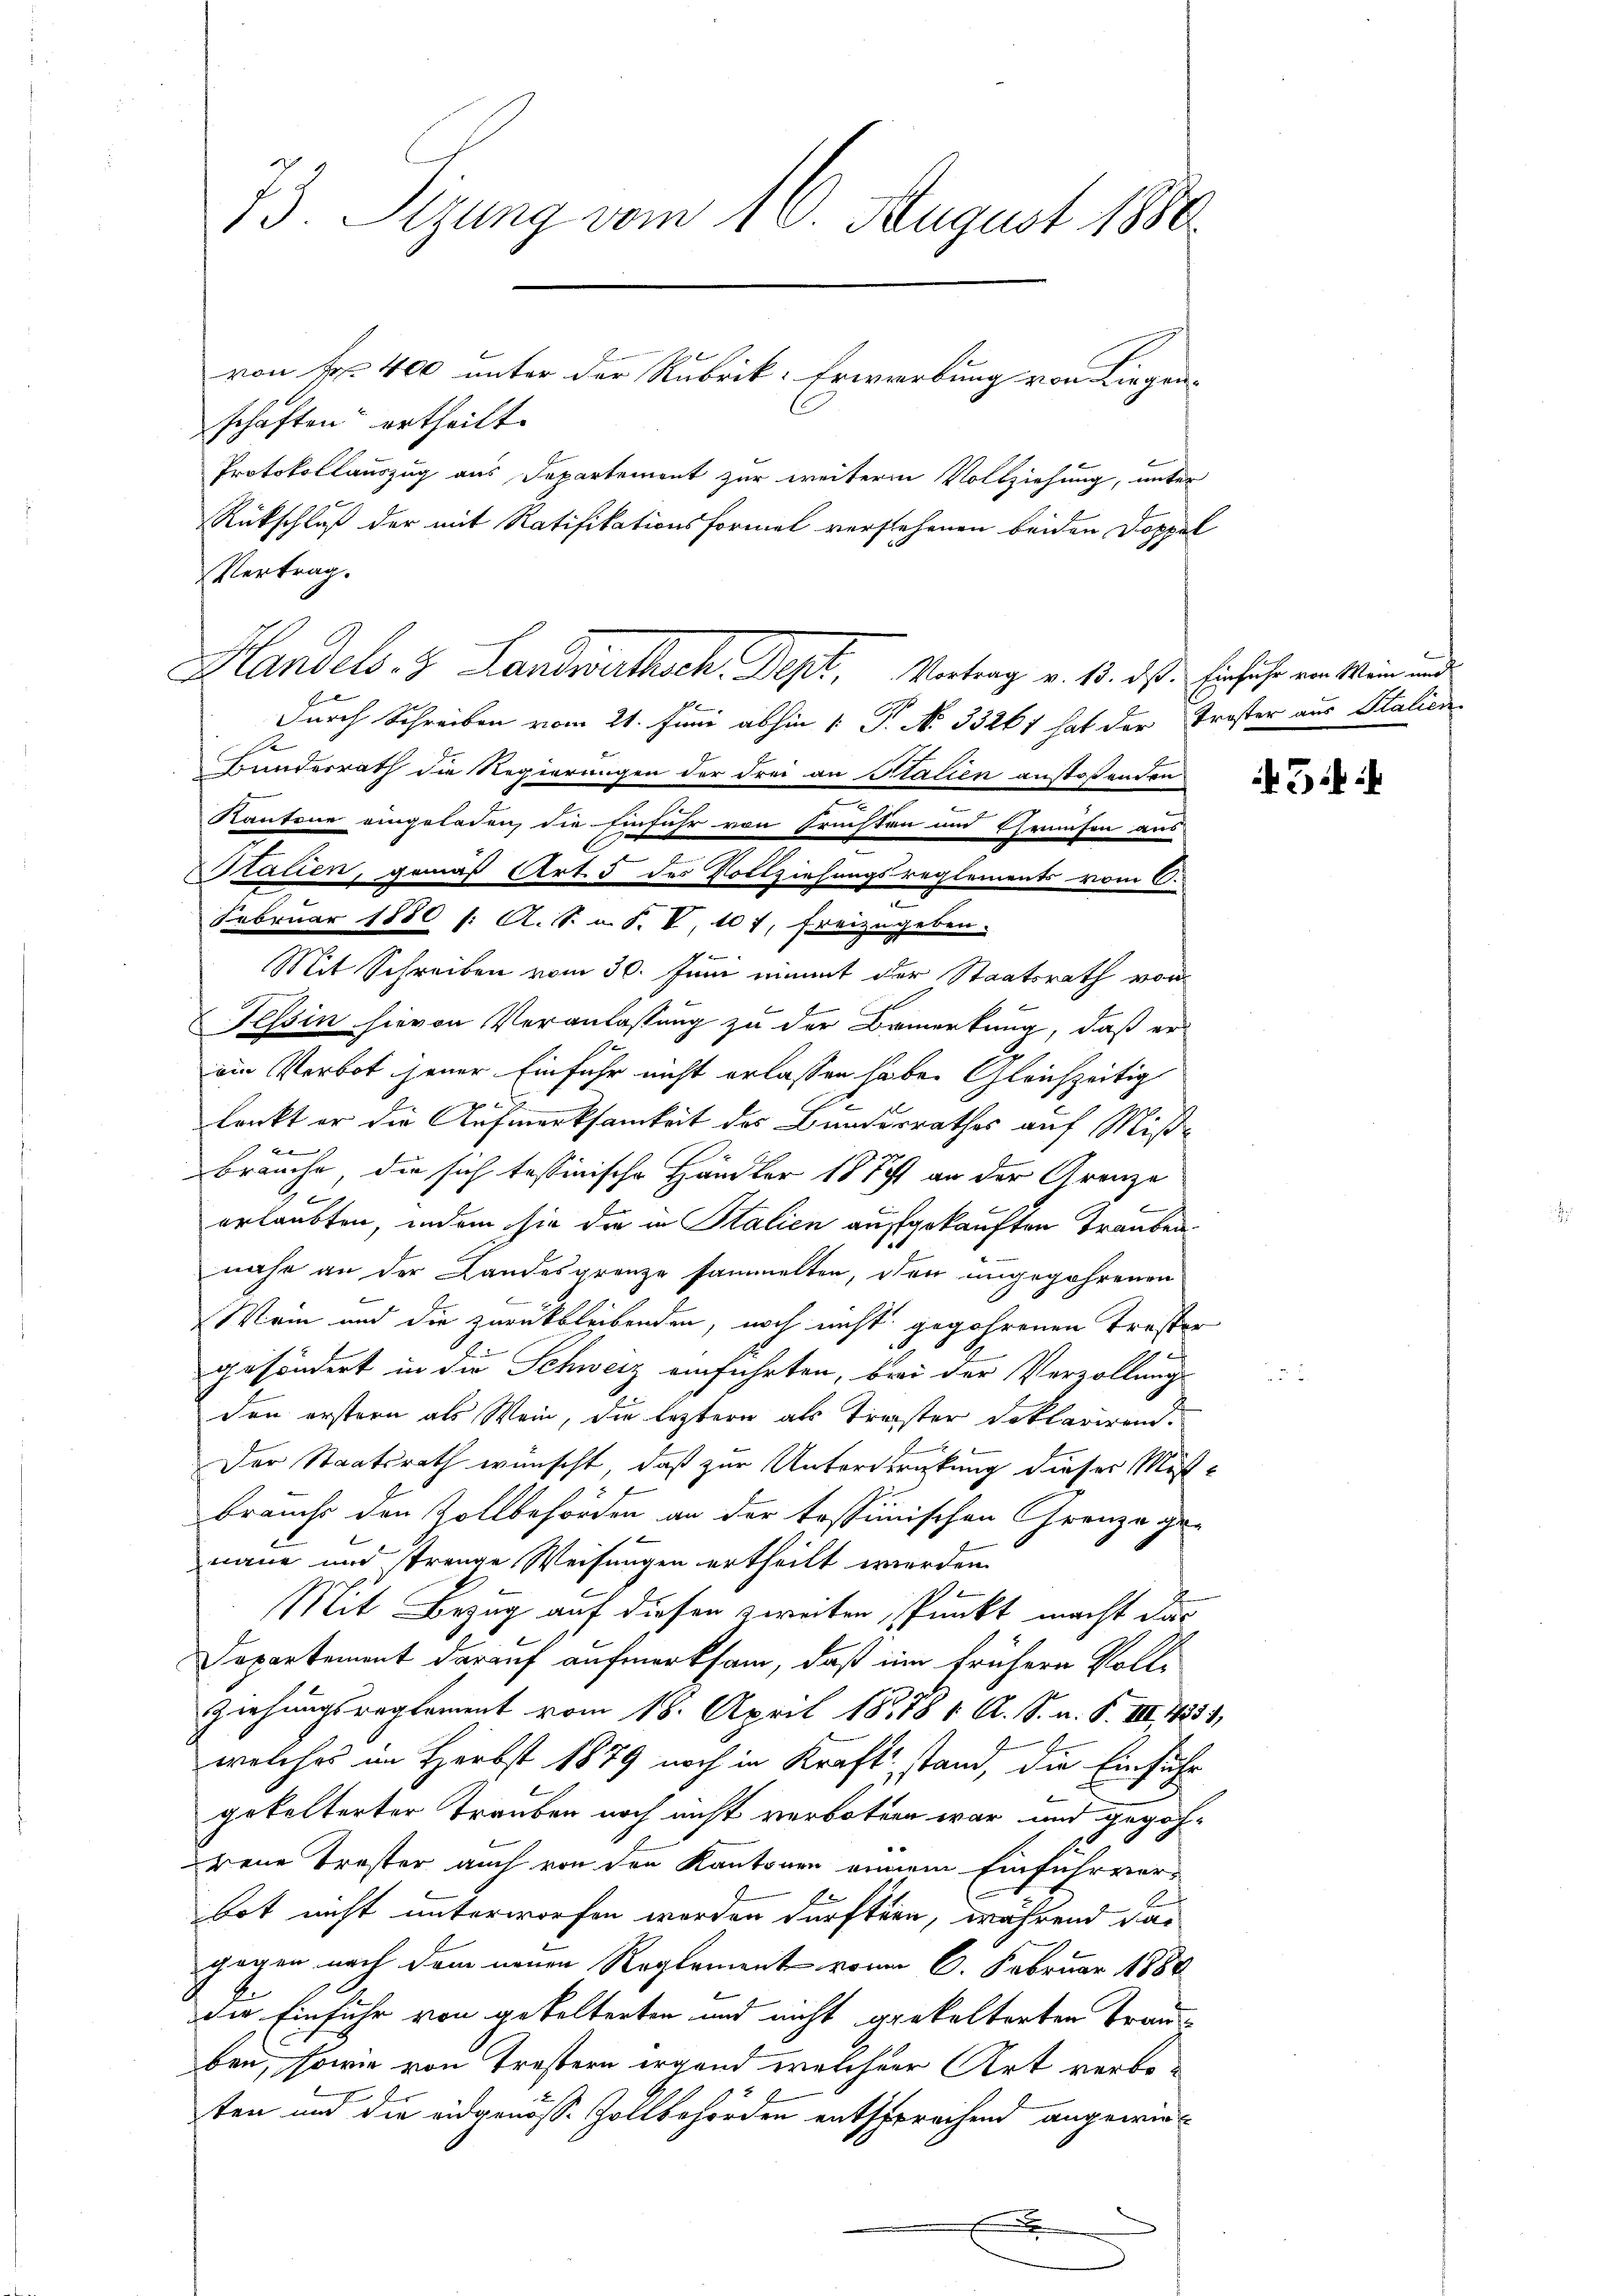
73. Sizung vom 16. August 1880.
von Fr. 400 unter der Rubrik: Erwerbung von Liegen¬

schaften ertheilt.
Protokollauszug aus Departement zur weiterm Vollziehung, unter
Rückschluß der mit Ratifikationsformel verstehenen beiden Doppel
Vertrag.
2
Durch Schreiben vom 21. Juni abhin 1 P. N. 33261 hat der Troster aus Stalien
A
Bunderrath die Regierungen der drei an Stalien anstoßenden
Kantone eingeladen, die Einfuhr von Fruchten und Chraufen aus
Statien, gemäß Art. 5 des Vollziehungsreglements vom 6.
Februar 1880 /: A. S. u. S. V, 107, Freizugeben. |
Mit Schreiben vom 30. Juni einmit der Staatsrath vor¬
Tessin hievon Veranlassung zu der Bemerkung, daß er
ein Verbot jener Einfuhr nicht erlassen habe. Gleichzeitig
g
lenkt er die Aufmerksamkeit des Bundesrathes auf Mißl
 gez
brauche, die sich tessinische Händler 181 ist an der Grenze
e
t
erlaubten, indem sie die in Stalien aufgekauften Traubennahe an der Landesgrenze sammelten, der angegehrenen
Wein und die zurückbleibenden, noch nicht gegehrenen Troster
f
gesöndert in die Schweiz einführten, bei der Verzöllungs-
den erstern als Wein, die leztere als Treister Deklarirend.
Der Staatsrath wünscht, daß zur Unterdrückung dieser Misbrauchs den Zollbehörden an der tessimischen Grenze ge-
x
naue und strenge Weisungen ertheilt werden.
Mit Bezug auf diesen zweiten, Punkt macht das
Departement darauf aufmerksam, daß im frühern Voll¬
Ziehungsreglement vom 18. April 1878 1. A. S. n. F. VIII 1851,
welches im Herbst 1879 noch in Kraft stand, die Einfuhr
gekelterter Trauben noch nicht verboten war und gegoh-
reue Troster auch von den Kantonen einem Einfuhrver-
bot nicht unterworfen worden dürften, während das
gegen nach dem neuen Reglement von 6. Februar 1888
die Einfuhr von gefelterten und nicht grokelterten Trau-
ben, sowie von Trestern irgend welcherr Art verboten und die eidgenöss. Zollbehörden entsprechend angewir¬
E

Handels. z. Landwirthsch. Dept, Vertrag v. 18. ds. Einführ von Wien und

3 i